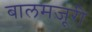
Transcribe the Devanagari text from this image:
बालमजूरी